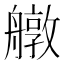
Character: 𦪔